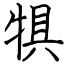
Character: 犋